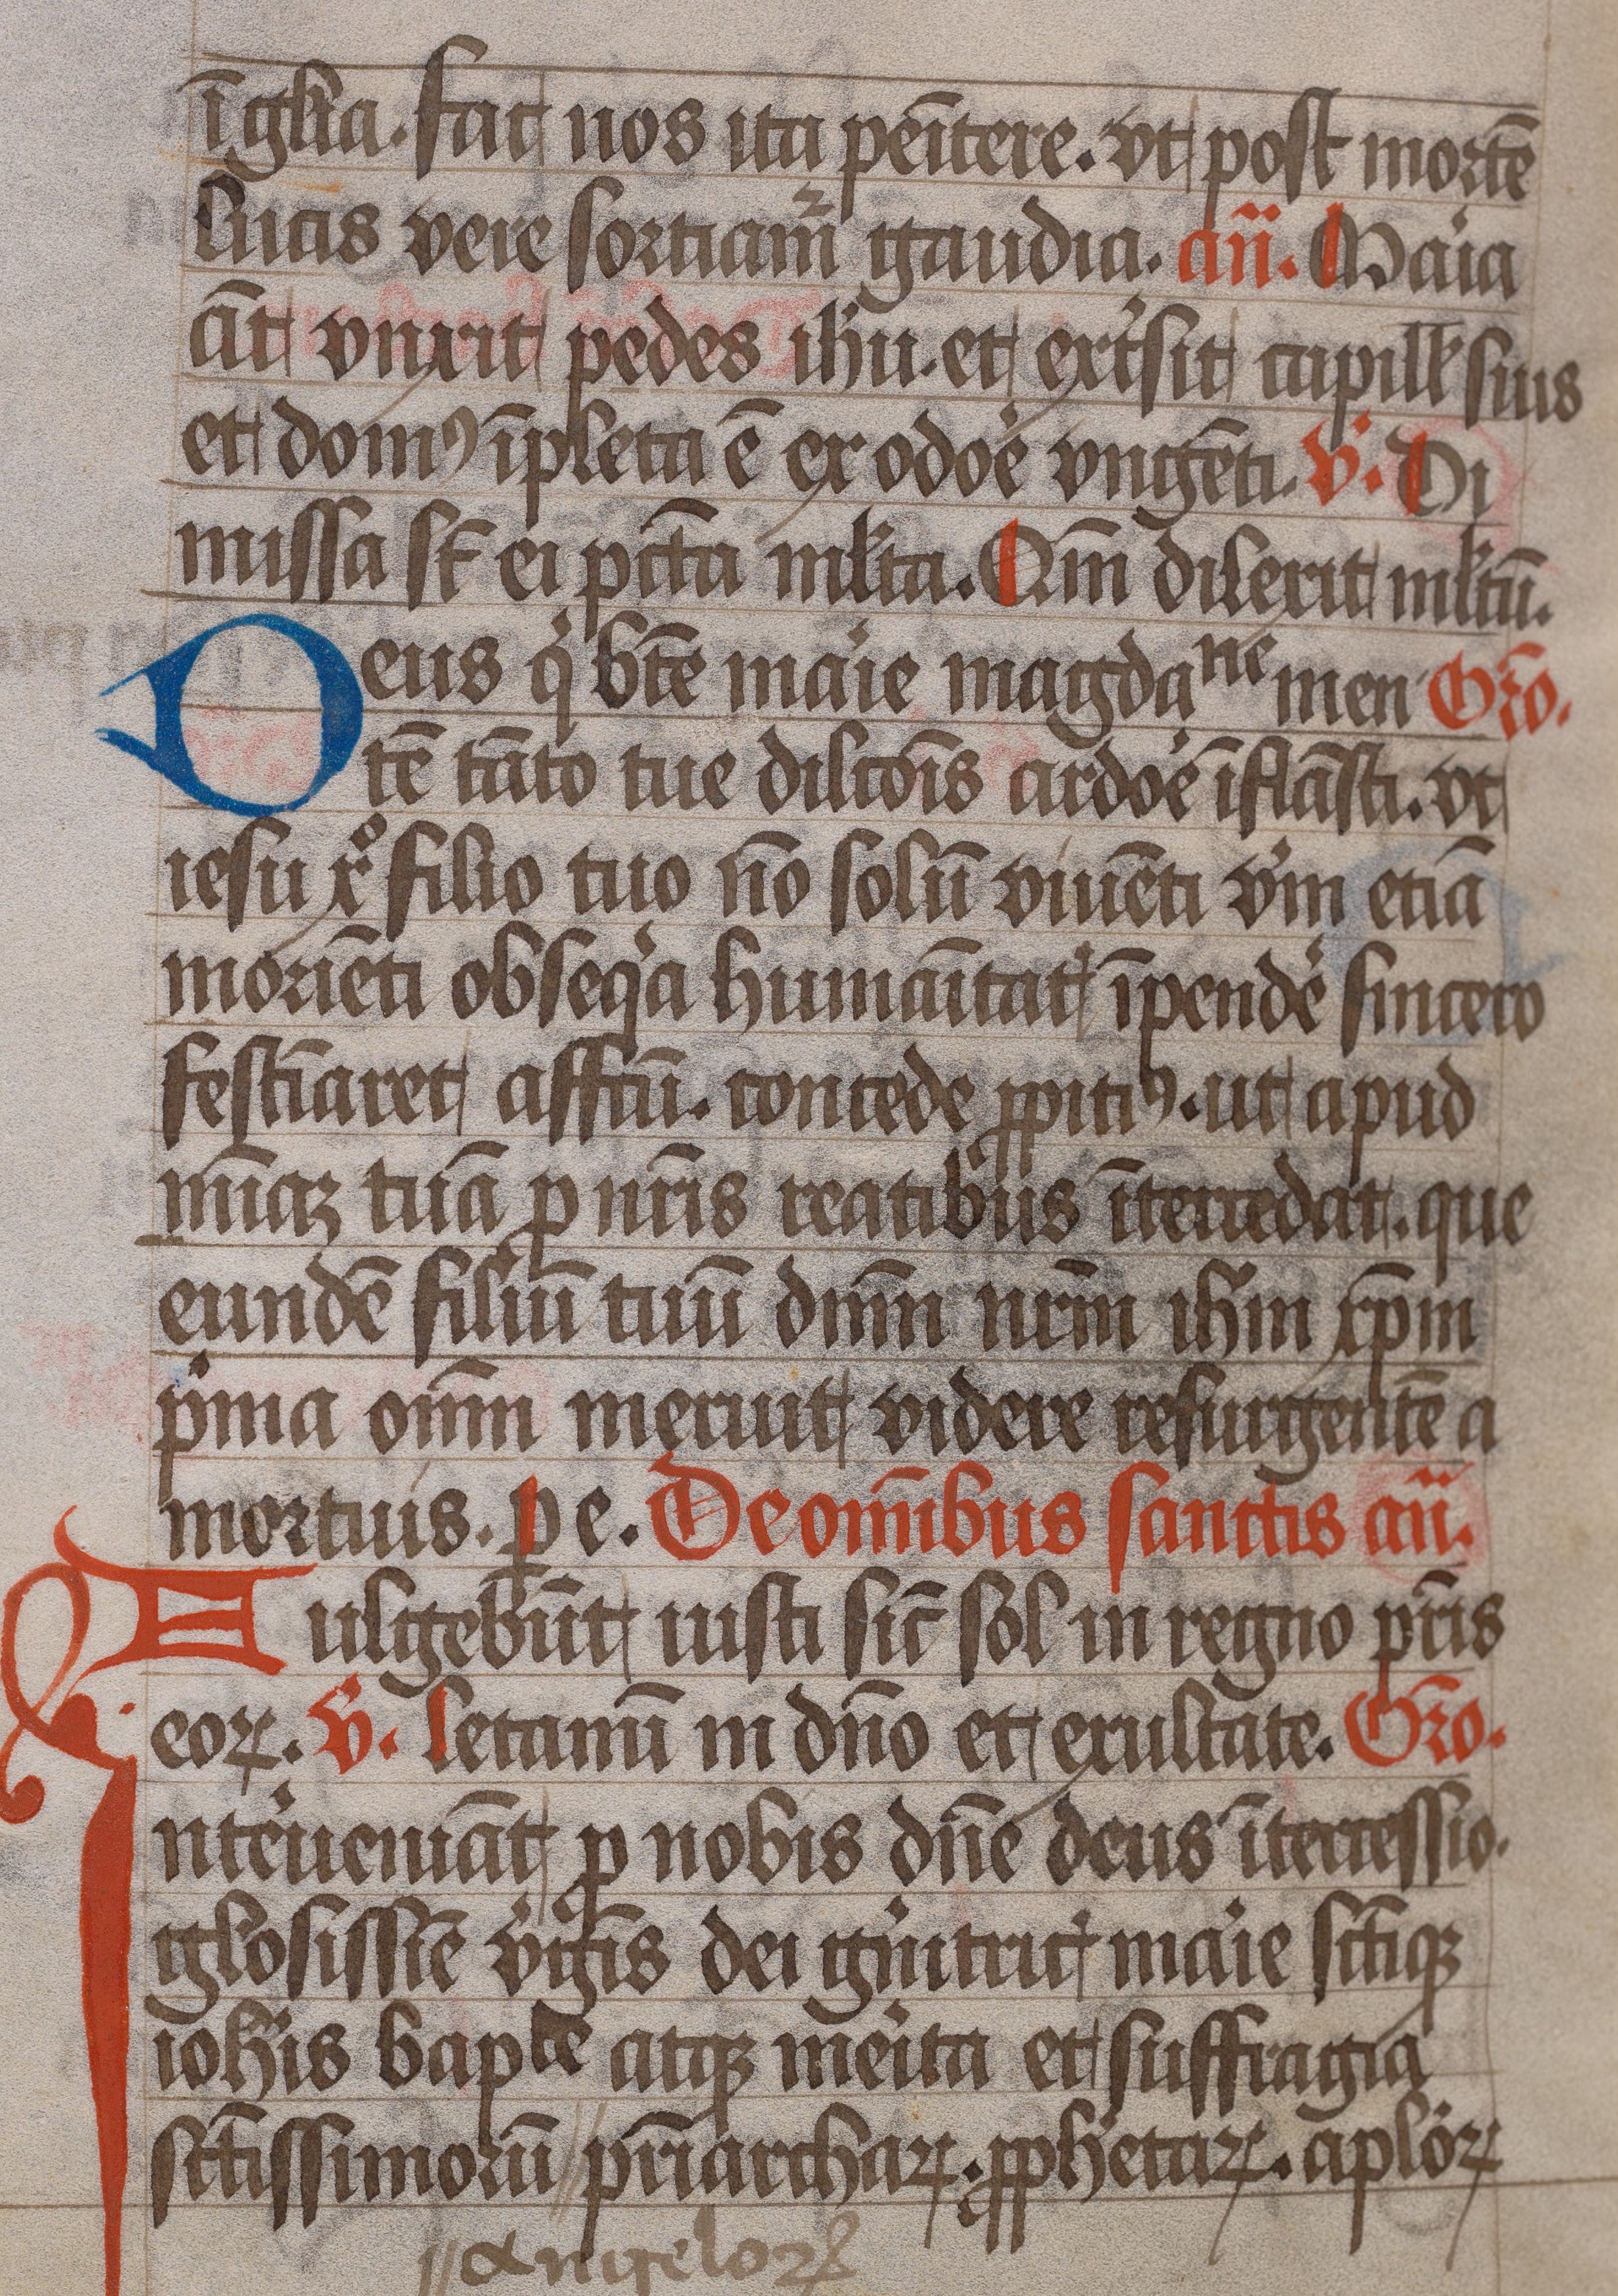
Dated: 1450–1499